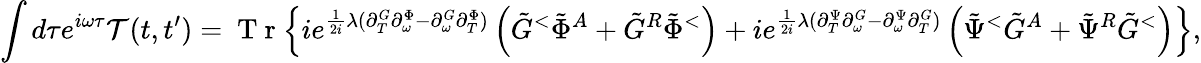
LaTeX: \int d\tau e^{i\omega\tau}\mathcal{T}(t,t^{\prime})=\mathrm{~T~r~}\Big\{ ie^{\frac{1}{2i}\lambda(\partial_{T}^{G}\partial_{\omega}^{\Phi}-\partial_{\omega}^{G}\partial_{T}^{\Phi})}\left(\tilde{G}^{<}\tilde{\Phi}^{A}+\tilde{G}^{R}\tilde{\Phi}^{<}\right)+ie^{\frac{1}{2i}\lambda(\partial_{T}^{\Psi}\partial_{\omega}^{G}-\partial_{\omega}^{\Psi}\partial_{T}^{G})}\left(\tilde{\Psi}^{<}\tilde{G}^{A}+\tilde{\Psi}^{R}\tilde{G}^{<}\right)\Big\} ,